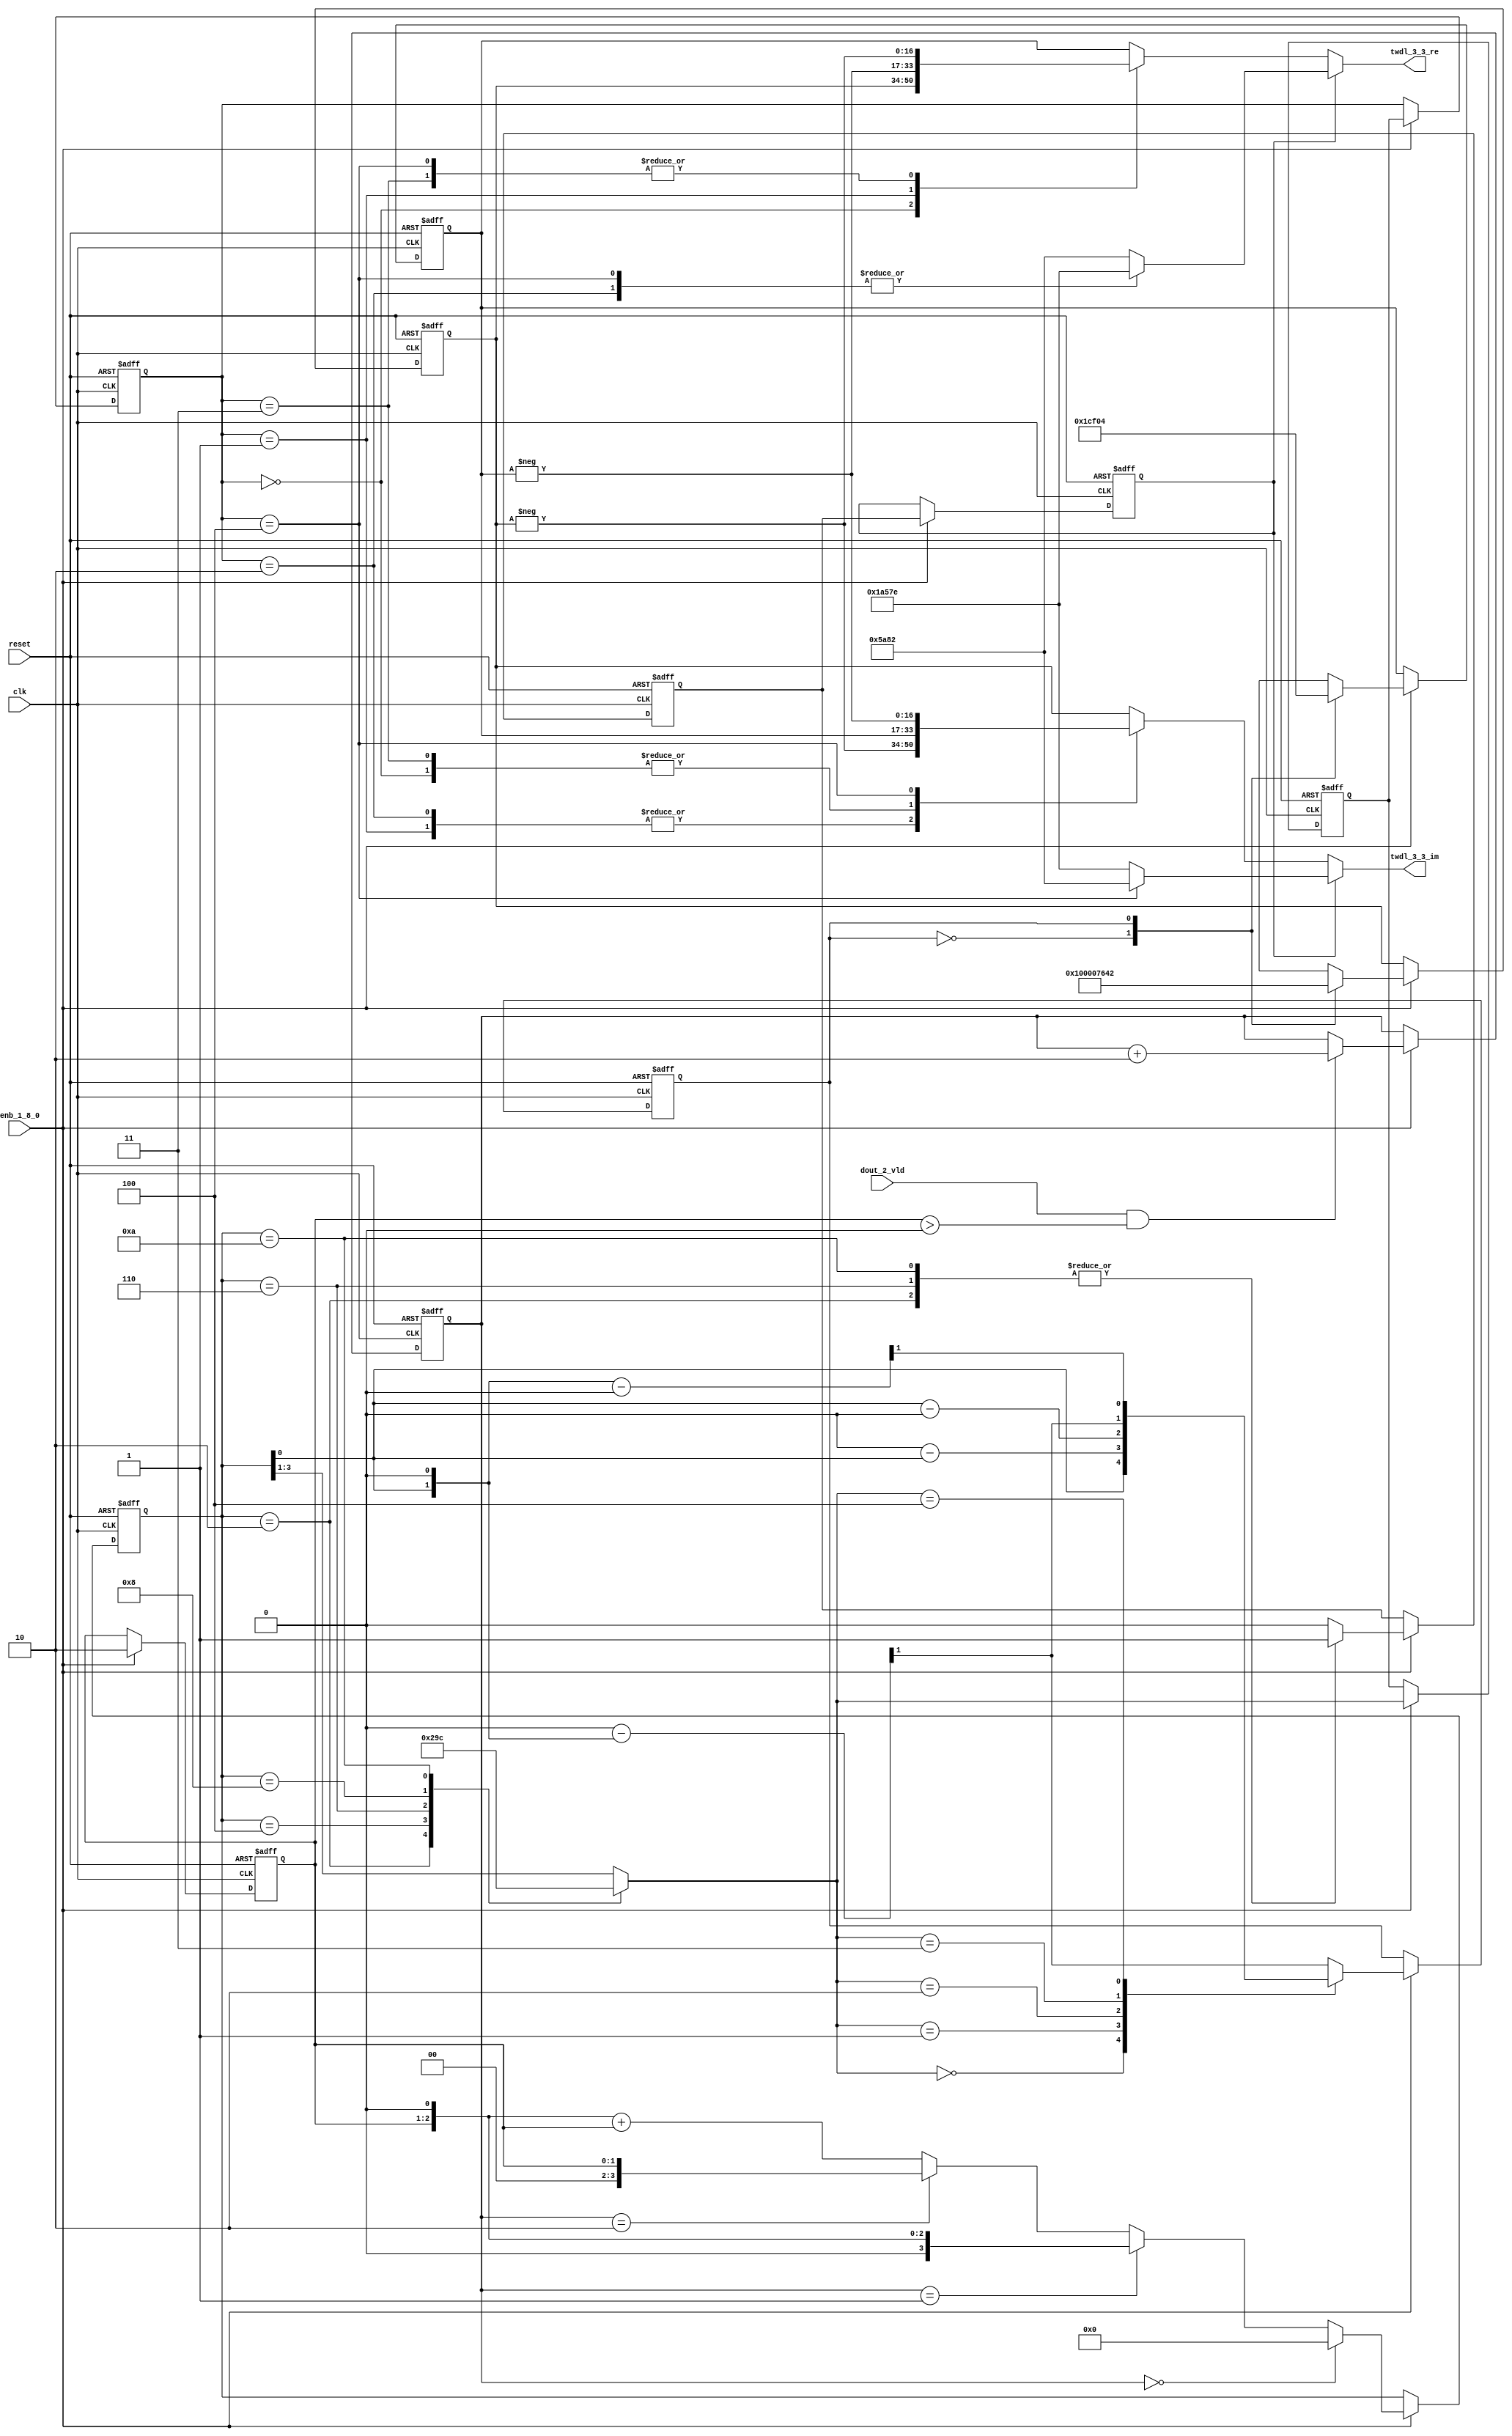
// -------------------------------------------------------------
// 
// 
// Generated by MATLAB 9.13 and HDL Coder 4.0
// 
// -------------------------------------------------------------


// -------------------------------------------------------------
// 
// Module: TWDLROM_3_3
// Source Path: joe_fft/FFT/TWDLROM_3_3
// Hierarchy Level: 2
// 
// -------------------------------------------------------------

`timescale 1 ns / 1 ns

module TWDLROM_3_3
          (clk,
           reset,
           enb_1_8_0,
           dout_2_vld,
           twdl_3_3_re,
           twdl_3_3_im);


  input   clk;
  input   reset;
  input   enb_1_8_0;
  input   dout_2_vld;
  output  signed [16:0] twdl_3_3_re;  // sfix17_En15
  output  signed [16:0] twdl_3_3_im;  // sfix17_En15


  reg [1:0] Radix22TwdlMapping_cnt;  // ufix2
  reg [1:0] Radix22TwdlMapping_phase;  // ufix2
  reg [2:0] Radix22TwdlMapping_octantReg1;  // ufix3
  reg [3:0] Radix22TwdlMapping_twdlAddr_raw;  // ufix4
  reg  Radix22TwdlMapping_twdlAddrMap;  // ufix1
  reg  Radix22TwdlMapping_twdl45Reg;
  reg  Radix22TwdlMapping_dvldReg1;
  reg  Radix22TwdlMapping_dvldReg2;
  reg [1:0] Radix22TwdlMapping_cnt_next;  // ufix2
  reg [1:0] Radix22TwdlMapping_phase_next;  // ufix2
  reg [2:0] Radix22TwdlMapping_octantReg1_next;  // ufix3
  reg [3:0] Radix22TwdlMapping_twdlAddr_raw_next;  // ufix4
  reg  Radix22TwdlMapping_twdlAddrMap_next;  // ufix1
  reg  Radix22TwdlMapping_twdl45Reg_next;
  reg  Radix22TwdlMapping_dvldReg1_next;
  reg  Radix22TwdlMapping_dvldReg2_next;
  reg  twdlAddr;  // ufix1
  reg  twdlAddrVld;
  reg [2:0] twdlOctant;  // ufix3
  reg  twdl45;
  wire signed [16:0] Twiddle_re_table_data [0:1];  // sfix17_En15 [2]
  wire signed [16:0] twiddleS_re;  // sfix17_En15
  reg signed [16:0] twiddleReg_re;  // sfix17_En15
  wire signed [16:0] Twiddle_im_table_data [0:1];  // sfix17_En15 [2]
  wire signed [16:0] twiddleS_im;  // sfix17_En15
  reg signed [16:0] twiddleReg_im;  // sfix17_En15
  reg [2:0] twdlOctantReg;  // ufix3
  reg  twdl45Reg;
  reg signed [16:0] twdl_3_3_re_1;  // sfix17_En15
  reg signed [16:0] twdl_3_3_im_1;  // sfix17_En15
  reg [2:0] Radix22TwdlMapping_octant;  // ufix3
  reg [3:0] Radix22TwdlMapping_cnt_cast;  // ufix4
  reg signed [9:0] Radix22TwdlMapping_sub_cast;  // sfix10_En1
  reg signed [9:0] Radix22TwdlMapping_sub_temp;  // sfix10_En1
  reg signed [5:0] Radix22TwdlMapping_sub_temp_0;  // sfix6
  reg signed [5:0] Radix22TwdlMapping_sub_temp_1;  // sfix6
  reg signed [9:0] Radix22TwdlMapping_sub_cast_0;  // sfix10_En1
  reg signed [9:0] Radix22TwdlMapping_sub_temp_2;  // sfix10_En1
  reg signed [9:0] Radix22TwdlMapping_sub_cast_1;  // sfix10_En1
  reg signed [9:0] Radix22TwdlMapping_sub_temp_3;  // sfix10_En1
  reg [3:0] Radix22TwdlMapping_t_0_0;  // ufix4
  reg signed [5:0] Radix22TwdlMapping_t_1;  // sfix6
  reg signed [5:0] Radix22TwdlMapping_t_2_0;  // sfix6
  reg signed [16:0] Radix22TwdlOctCorr_twdlIn_re;  // sfix17_En15
  reg signed [16:0] Radix22TwdlOctCorr_twdlIn_im;  // sfix17_En15
  reg signed [17:0] Radix22TwdlOctCorr_cast;  // sfix18_En15
  reg signed [17:0] Radix22TwdlOctCorr_cast_0;  // sfix18_En15
  reg signed [17:0] Radix22TwdlOctCorr_cast_1;  // sfix18_En15
  reg signed [17:0] Radix22TwdlOctCorr_cast_2;  // sfix18_En15
  reg signed [17:0] Radix22TwdlOctCorr_cast_3;  // sfix18_En15
  reg signed [17:0] Radix22TwdlOctCorr_cast_4;  // sfix18_En15
  reg signed [17:0] Radix22TwdlOctCorr_cast_5;  // sfix18_En15
  reg signed [17:0] Radix22TwdlOctCorr_cast_6;  // sfix18_En15
  reg signed [17:0] Radix22TwdlOctCorr_cast_7;  // sfix18_En15
  reg signed [17:0] Radix22TwdlOctCorr_cast_8;  // sfix18_En15
  reg signed [17:0] Radix22TwdlOctCorr_cast_9;  // sfix18_En15
  reg signed [17:0] Radix22TwdlOctCorr_cast_10;  // sfix18_En15


  // Radix22TwdlMapping
  always @(posedge clk or posedge reset)
    begin : Radix22TwdlMapping_process
      if (reset == 1'b1) begin
        Radix22TwdlMapping_octantReg1 <= 3'b000;
        Radix22TwdlMapping_twdlAddr_raw <= 4'b0000;
        Radix22TwdlMapping_twdlAddrMap <= 1'b0;
        Radix22TwdlMapping_twdl45Reg <= 1'b0;
        Radix22TwdlMapping_dvldReg1 <= 1'b0;
        Radix22TwdlMapping_dvldReg2 <= 1'b0;
        Radix22TwdlMapping_cnt <= 2'b10;
        Radix22TwdlMapping_phase <= 2'b00;
      end
      else begin
        if (enb_1_8_0) begin
          Radix22TwdlMapping_cnt <= Radix22TwdlMapping_cnt_next;
          Radix22TwdlMapping_phase <= Radix22TwdlMapping_phase_next;
          Radix22TwdlMapping_octantReg1 <= Radix22TwdlMapping_octantReg1_next;
          Radix22TwdlMapping_twdlAddr_raw <= Radix22TwdlMapping_twdlAddr_raw_next;
          Radix22TwdlMapping_twdlAddrMap <= Radix22TwdlMapping_twdlAddrMap_next;
          Radix22TwdlMapping_twdl45Reg <= Radix22TwdlMapping_twdl45Reg_next;
          Radix22TwdlMapping_dvldReg1 <= Radix22TwdlMapping_dvldReg1_next;
          Radix22TwdlMapping_dvldReg2 <= Radix22TwdlMapping_dvldReg2_next;
        end
      end
    end

  always @(Radix22TwdlMapping_cnt, Radix22TwdlMapping_dvldReg1,
       Radix22TwdlMapping_dvldReg2, Radix22TwdlMapping_octantReg1,
       Radix22TwdlMapping_phase, Radix22TwdlMapping_twdl45Reg,
       Radix22TwdlMapping_twdlAddrMap, Radix22TwdlMapping_twdlAddr_raw,
       dout_2_vld) begin
    Radix22TwdlMapping_sub_temp = 10'sb0000000000;
    Radix22TwdlMapping_sub_temp_0 = 6'sb000000;
    Radix22TwdlMapping_sub_temp_1 = 6'sb000000;
    Radix22TwdlMapping_sub_temp_2 = 10'sb0000000000;
    Radix22TwdlMapping_sub_temp_3 = 10'sb0000000000;
    Radix22TwdlMapping_cnt_cast = 4'b0000;
    Radix22TwdlMapping_sub_cast = 10'sb0000000000;
    Radix22TwdlMapping_sub_cast_0 = 10'sb0000000000;
    Radix22TwdlMapping_sub_cast_1 = 10'sb0000000000;
    Radix22TwdlMapping_t_0_0 = 4'b0000;
    Radix22TwdlMapping_t_1 = 6'sb000000;
    Radix22TwdlMapping_t_2_0 = 6'sb000000;
    Radix22TwdlMapping_phase_next = Radix22TwdlMapping_phase;
    Radix22TwdlMapping_twdlAddr_raw_next = Radix22TwdlMapping_twdlAddr_raw;
    Radix22TwdlMapping_twdlAddrMap_next = Radix22TwdlMapping_twdlAddrMap;
    Radix22TwdlMapping_twdl45Reg_next = Radix22TwdlMapping_twdl45Reg;
    Radix22TwdlMapping_dvldReg2_next = Radix22TwdlMapping_dvldReg1;
    Radix22TwdlMapping_dvldReg1_next = dout_2_vld;
    case ( Radix22TwdlMapping_twdlAddr_raw)
      4'b0010 :
        begin
          Radix22TwdlMapping_octant = 3'b000;
          Radix22TwdlMapping_twdl45Reg_next = 1'b1;
        end
      4'b0100 :
        begin
          Radix22TwdlMapping_octant = 3'b001;
          Radix22TwdlMapping_twdl45Reg_next = 1'b0;
        end
      4'b0110 :
        begin
          Radix22TwdlMapping_octant = 3'b010;
          Radix22TwdlMapping_twdl45Reg_next = 1'b1;
        end
      4'b1000 :
        begin
          Radix22TwdlMapping_octant = 3'b011;
          Radix22TwdlMapping_twdl45Reg_next = 1'b0;
        end
      4'b1010 :
        begin
          Radix22TwdlMapping_octant = 3'b100;
          Radix22TwdlMapping_twdl45Reg_next = 1'b1;
        end
      default :
        begin
          Radix22TwdlMapping_octant = Radix22TwdlMapping_twdlAddr_raw[3:1];
          Radix22TwdlMapping_twdl45Reg_next = 1'b0;
        end
    endcase
    Radix22TwdlMapping_octantReg1_next = Radix22TwdlMapping_octant;
    case ( Radix22TwdlMapping_octant)
      3'b000 :
        begin
          Radix22TwdlMapping_twdlAddrMap_next = Radix22TwdlMapping_twdlAddr_raw[0];
        end
      3'b001 :
        begin
          Radix22TwdlMapping_t_1 = {2'b0, Radix22TwdlMapping_twdlAddr_raw};
          Radix22TwdlMapping_sub_temp_0 = 6'sb000100 - Radix22TwdlMapping_t_1;
          Radix22TwdlMapping_twdlAddrMap_next = Radix22TwdlMapping_sub_temp_0[0];
        end
      3'b010 :
        begin
          Radix22TwdlMapping_t_2_0 = {2'b0, Radix22TwdlMapping_twdlAddr_raw};
          Radix22TwdlMapping_sub_temp_1 = Radix22TwdlMapping_t_2_0 - 6'sb000100;
          Radix22TwdlMapping_twdlAddrMap_next = Radix22TwdlMapping_sub_temp_1[0];
        end
      3'b011 :
        begin
          Radix22TwdlMapping_sub_cast_0 = {5'b0, {Radix22TwdlMapping_twdlAddr_raw, 1'b0}};
          Radix22TwdlMapping_sub_temp_2 = 10'sb0000010000 - Radix22TwdlMapping_sub_cast_0;
          Radix22TwdlMapping_twdlAddrMap_next = Radix22TwdlMapping_sub_temp_2[1];
        end
      3'b100 :
        begin
          Radix22TwdlMapping_sub_cast_1 = {5'b0, {Radix22TwdlMapping_twdlAddr_raw, 1'b0}};
          Radix22TwdlMapping_sub_temp_3 = Radix22TwdlMapping_sub_cast_1 - 10'sb0000010000;
          Radix22TwdlMapping_twdlAddrMap_next = Radix22TwdlMapping_sub_temp_3[1];
        end
      default :
        begin
          Radix22TwdlMapping_sub_cast = {5'b0, {Radix22TwdlMapping_twdlAddr_raw, 1'b0}};
          Radix22TwdlMapping_sub_temp = 10'sb0000011000 - Radix22TwdlMapping_sub_cast;
          Radix22TwdlMapping_twdlAddrMap_next = Radix22TwdlMapping_sub_temp[1];
        end
    endcase
    if (Radix22TwdlMapping_phase == 2'b00) begin
      Radix22TwdlMapping_twdlAddr_raw_next = 4'b0000;
    end
    else if (Radix22TwdlMapping_phase == 2'b01) begin
      Radix22TwdlMapping_t_0_0 = {2'b0, Radix22TwdlMapping_cnt};
      Radix22TwdlMapping_twdlAddr_raw_next = Radix22TwdlMapping_t_0_0 <<< 8'd1;
    end
    else if (Radix22TwdlMapping_phase == 2'b10) begin
      Radix22TwdlMapping_twdlAddr_raw_next = {2'b0, Radix22TwdlMapping_cnt};
    end
    else begin
      Radix22TwdlMapping_cnt_cast = {2'b0, Radix22TwdlMapping_cnt};
      Radix22TwdlMapping_twdlAddr_raw_next = (Radix22TwdlMapping_cnt_cast <<< 8'd1) + Radix22TwdlMapping_cnt_cast;
    end
    if (dout_2_vld && (Radix22TwdlMapping_cnt > 2'b00)) begin
      Radix22TwdlMapping_phase_next = Radix22TwdlMapping_phase + 2'b10;
    end
    Radix22TwdlMapping_cnt_next = 2'b10;
    twdlAddr = Radix22TwdlMapping_twdlAddrMap;
    twdlAddrVld = Radix22TwdlMapping_dvldReg2;
    twdlOctant = Radix22TwdlMapping_octantReg1;
    twdl45 = Radix22TwdlMapping_twdl45Reg;
  end



  // Twiddle ROM1
  assign Twiddle_re_table_data[0] = 17'sb01000000000000000;
  assign Twiddle_re_table_data[1] = 17'sb00111011001000010;
  assign twiddleS_re = Twiddle_re_table_data[twdlAddr];



  always @(posedge clk or posedge reset)
    begin : TWIDDLEROM_RE_process
      if (reset == 1'b1) begin
        twiddleReg_re <= 17'sb00000000000000000;
      end
      else begin
        if (enb_1_8_0) begin
          twiddleReg_re <= twiddleS_re;
        end
      end
    end



  // Twiddle ROM2
  assign Twiddle_im_table_data[0] = 17'sb00000000000000000;
  assign Twiddle_im_table_data[1] = 17'sb11100111100000100;
  assign twiddleS_im = Twiddle_im_table_data[twdlAddr];



  always @(posedge clk or posedge reset)
    begin : TWIDDLEROM_IM_process
      if (reset == 1'b1) begin
        twiddleReg_im <= 17'sb00000000000000000;
      end
      else begin
        if (enb_1_8_0) begin
          twiddleReg_im <= twiddleS_im;
        end
      end
    end



  always @(posedge clk or posedge reset)
    begin : intdelay_process
      if (reset == 1'b1) begin
        twdlOctantReg <= 3'b000;
      end
      else begin
        if (enb_1_8_0) begin
          twdlOctantReg <= twdlOctant;
        end
      end
    end



  always @(posedge clk or posedge reset)
    begin : intdelay_1_process
      if (reset == 1'b1) begin
        twdl45Reg <= 1'b0;
      end
      else begin
        if (enb_1_8_0) begin
          twdl45Reg <= twdl45;
        end
      end
    end



  // Radix22TwdlOctCorr
  always @(twdl45Reg, twdlOctantReg, twiddleReg_im, twiddleReg_re) begin
    Radix22TwdlOctCorr_cast_0 = 18'sb000000000000000000;
    Radix22TwdlOctCorr_cast_2 = 18'sb000000000000000000;
    Radix22TwdlOctCorr_cast_4 = 18'sb000000000000000000;
    Radix22TwdlOctCorr_cast_6 = 18'sb000000000000000000;
    Radix22TwdlOctCorr_cast_8 = 18'sb000000000000000000;
    Radix22TwdlOctCorr_cast_10 = 18'sb000000000000000000;
    Radix22TwdlOctCorr_cast = 18'sb000000000000000000;
    Radix22TwdlOctCorr_cast_1 = 18'sb000000000000000000;
    Radix22TwdlOctCorr_cast_3 = 18'sb000000000000000000;
    Radix22TwdlOctCorr_cast_5 = 18'sb000000000000000000;
    Radix22TwdlOctCorr_cast_7 = 18'sb000000000000000000;
    Radix22TwdlOctCorr_cast_9 = 18'sb000000000000000000;
    Radix22TwdlOctCorr_twdlIn_re = twiddleReg_re;
    Radix22TwdlOctCorr_twdlIn_im = twiddleReg_im;
    if (twdl45Reg) begin
      case ( twdlOctantReg)
        3'b000 :
          begin
            Radix22TwdlOctCorr_twdlIn_re = 17'sb00101101010000010;
            Radix22TwdlOctCorr_twdlIn_im = 17'sb11010010101111110;
          end
        3'b010 :
          begin
            Radix22TwdlOctCorr_twdlIn_re = 17'sb11010010101111110;
            Radix22TwdlOctCorr_twdlIn_im = 17'sb11010010101111110;
          end
        3'b100 :
          begin
            Radix22TwdlOctCorr_twdlIn_re = 17'sb11010010101111110;
            Radix22TwdlOctCorr_twdlIn_im = 17'sb00101101010000010;
          end
        default :
          begin
            Radix22TwdlOctCorr_twdlIn_re = 17'sb00101101010000010;
            Radix22TwdlOctCorr_twdlIn_im = 17'sb11010010101111110;
          end
      endcase
    end
    else begin
      case ( twdlOctantReg)
        3'b000 :
          begin
          end
        3'b001 :
          begin
            Radix22TwdlOctCorr_cast = {twiddleReg_im[16], twiddleReg_im};
            Radix22TwdlOctCorr_cast_0 =  - (Radix22TwdlOctCorr_cast);
            Radix22TwdlOctCorr_twdlIn_re = Radix22TwdlOctCorr_cast_0[16:0];
            Radix22TwdlOctCorr_cast_5 = {twiddleReg_re[16], twiddleReg_re};
            Radix22TwdlOctCorr_cast_6 =  - (Radix22TwdlOctCorr_cast_5);
            Radix22TwdlOctCorr_twdlIn_im = Radix22TwdlOctCorr_cast_6[16:0];
          end
        3'b010 :
          begin
            Radix22TwdlOctCorr_twdlIn_re = twiddleReg_im;
            Radix22TwdlOctCorr_cast_7 = {twiddleReg_re[16], twiddleReg_re};
            Radix22TwdlOctCorr_cast_8 =  - (Radix22TwdlOctCorr_cast_7);
            Radix22TwdlOctCorr_twdlIn_im = Radix22TwdlOctCorr_cast_8[16:0];
          end
        3'b011 :
          begin
            Radix22TwdlOctCorr_cast_1 = {twiddleReg_re[16], twiddleReg_re};
            Radix22TwdlOctCorr_cast_2 =  - (Radix22TwdlOctCorr_cast_1);
            Radix22TwdlOctCorr_twdlIn_re = Radix22TwdlOctCorr_cast_2[16:0];
            Radix22TwdlOctCorr_twdlIn_im = twiddleReg_im;
          end
        3'b100 :
          begin
            Radix22TwdlOctCorr_cast_3 = {twiddleReg_re[16], twiddleReg_re};
            Radix22TwdlOctCorr_cast_4 =  - (Radix22TwdlOctCorr_cast_3);
            Radix22TwdlOctCorr_twdlIn_re = Radix22TwdlOctCorr_cast_4[16:0];
            Radix22TwdlOctCorr_cast_9 = {twiddleReg_im[16], twiddleReg_im};
            Radix22TwdlOctCorr_cast_10 =  - (Radix22TwdlOctCorr_cast_9);
            Radix22TwdlOctCorr_twdlIn_im = Radix22TwdlOctCorr_cast_10[16:0];
          end
        default :
          begin
            Radix22TwdlOctCorr_twdlIn_re = twiddleReg_im;
            Radix22TwdlOctCorr_twdlIn_im = twiddleReg_re;
          end
      endcase
    end
    twdl_3_3_re_1 = Radix22TwdlOctCorr_twdlIn_re;
    twdl_3_3_im_1 = Radix22TwdlOctCorr_twdlIn_im;
  end



  assign twdl_3_3_re = twdl_3_3_re_1;

  assign twdl_3_3_im = twdl_3_3_im_1;

endmodule  // TWDLROM_3_3